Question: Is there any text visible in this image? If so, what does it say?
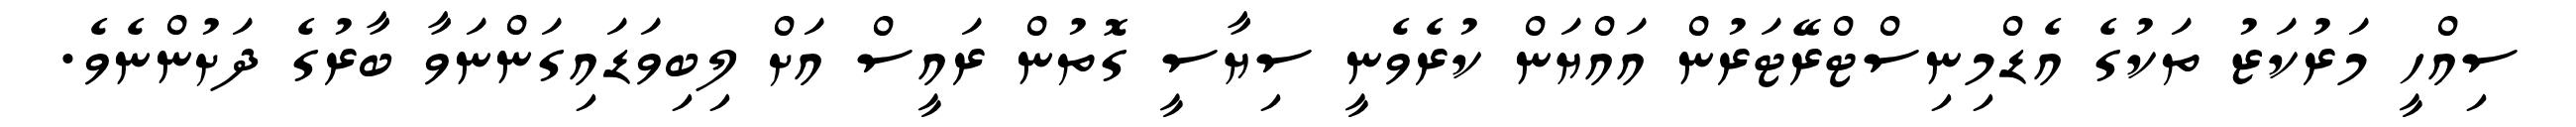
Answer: ސިއްހީ މަރުކަޒު ތަކުގެ އެޑްމިނިސްޓްރޭޓަރުން އައްޔަން ކުރެވެނީ ސިޔާސީ ގޮތުން ރައީސް އަށް ލިބިވަޑައިގަންނަވާ ބާރުގެ ދަށުންނެވެ.